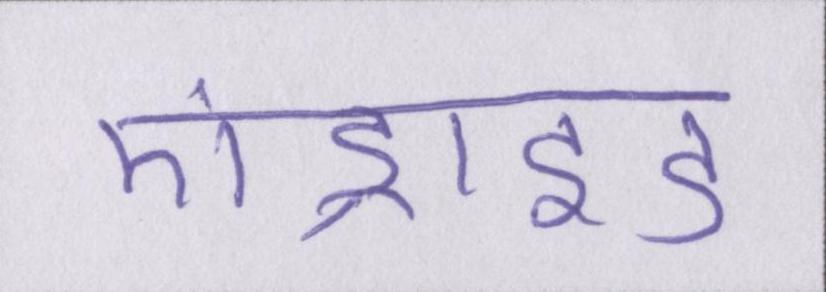
एंड्राइड